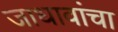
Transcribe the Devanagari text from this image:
जाधावांचा